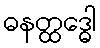
ဓနတ္ထဒ္ဓေါ